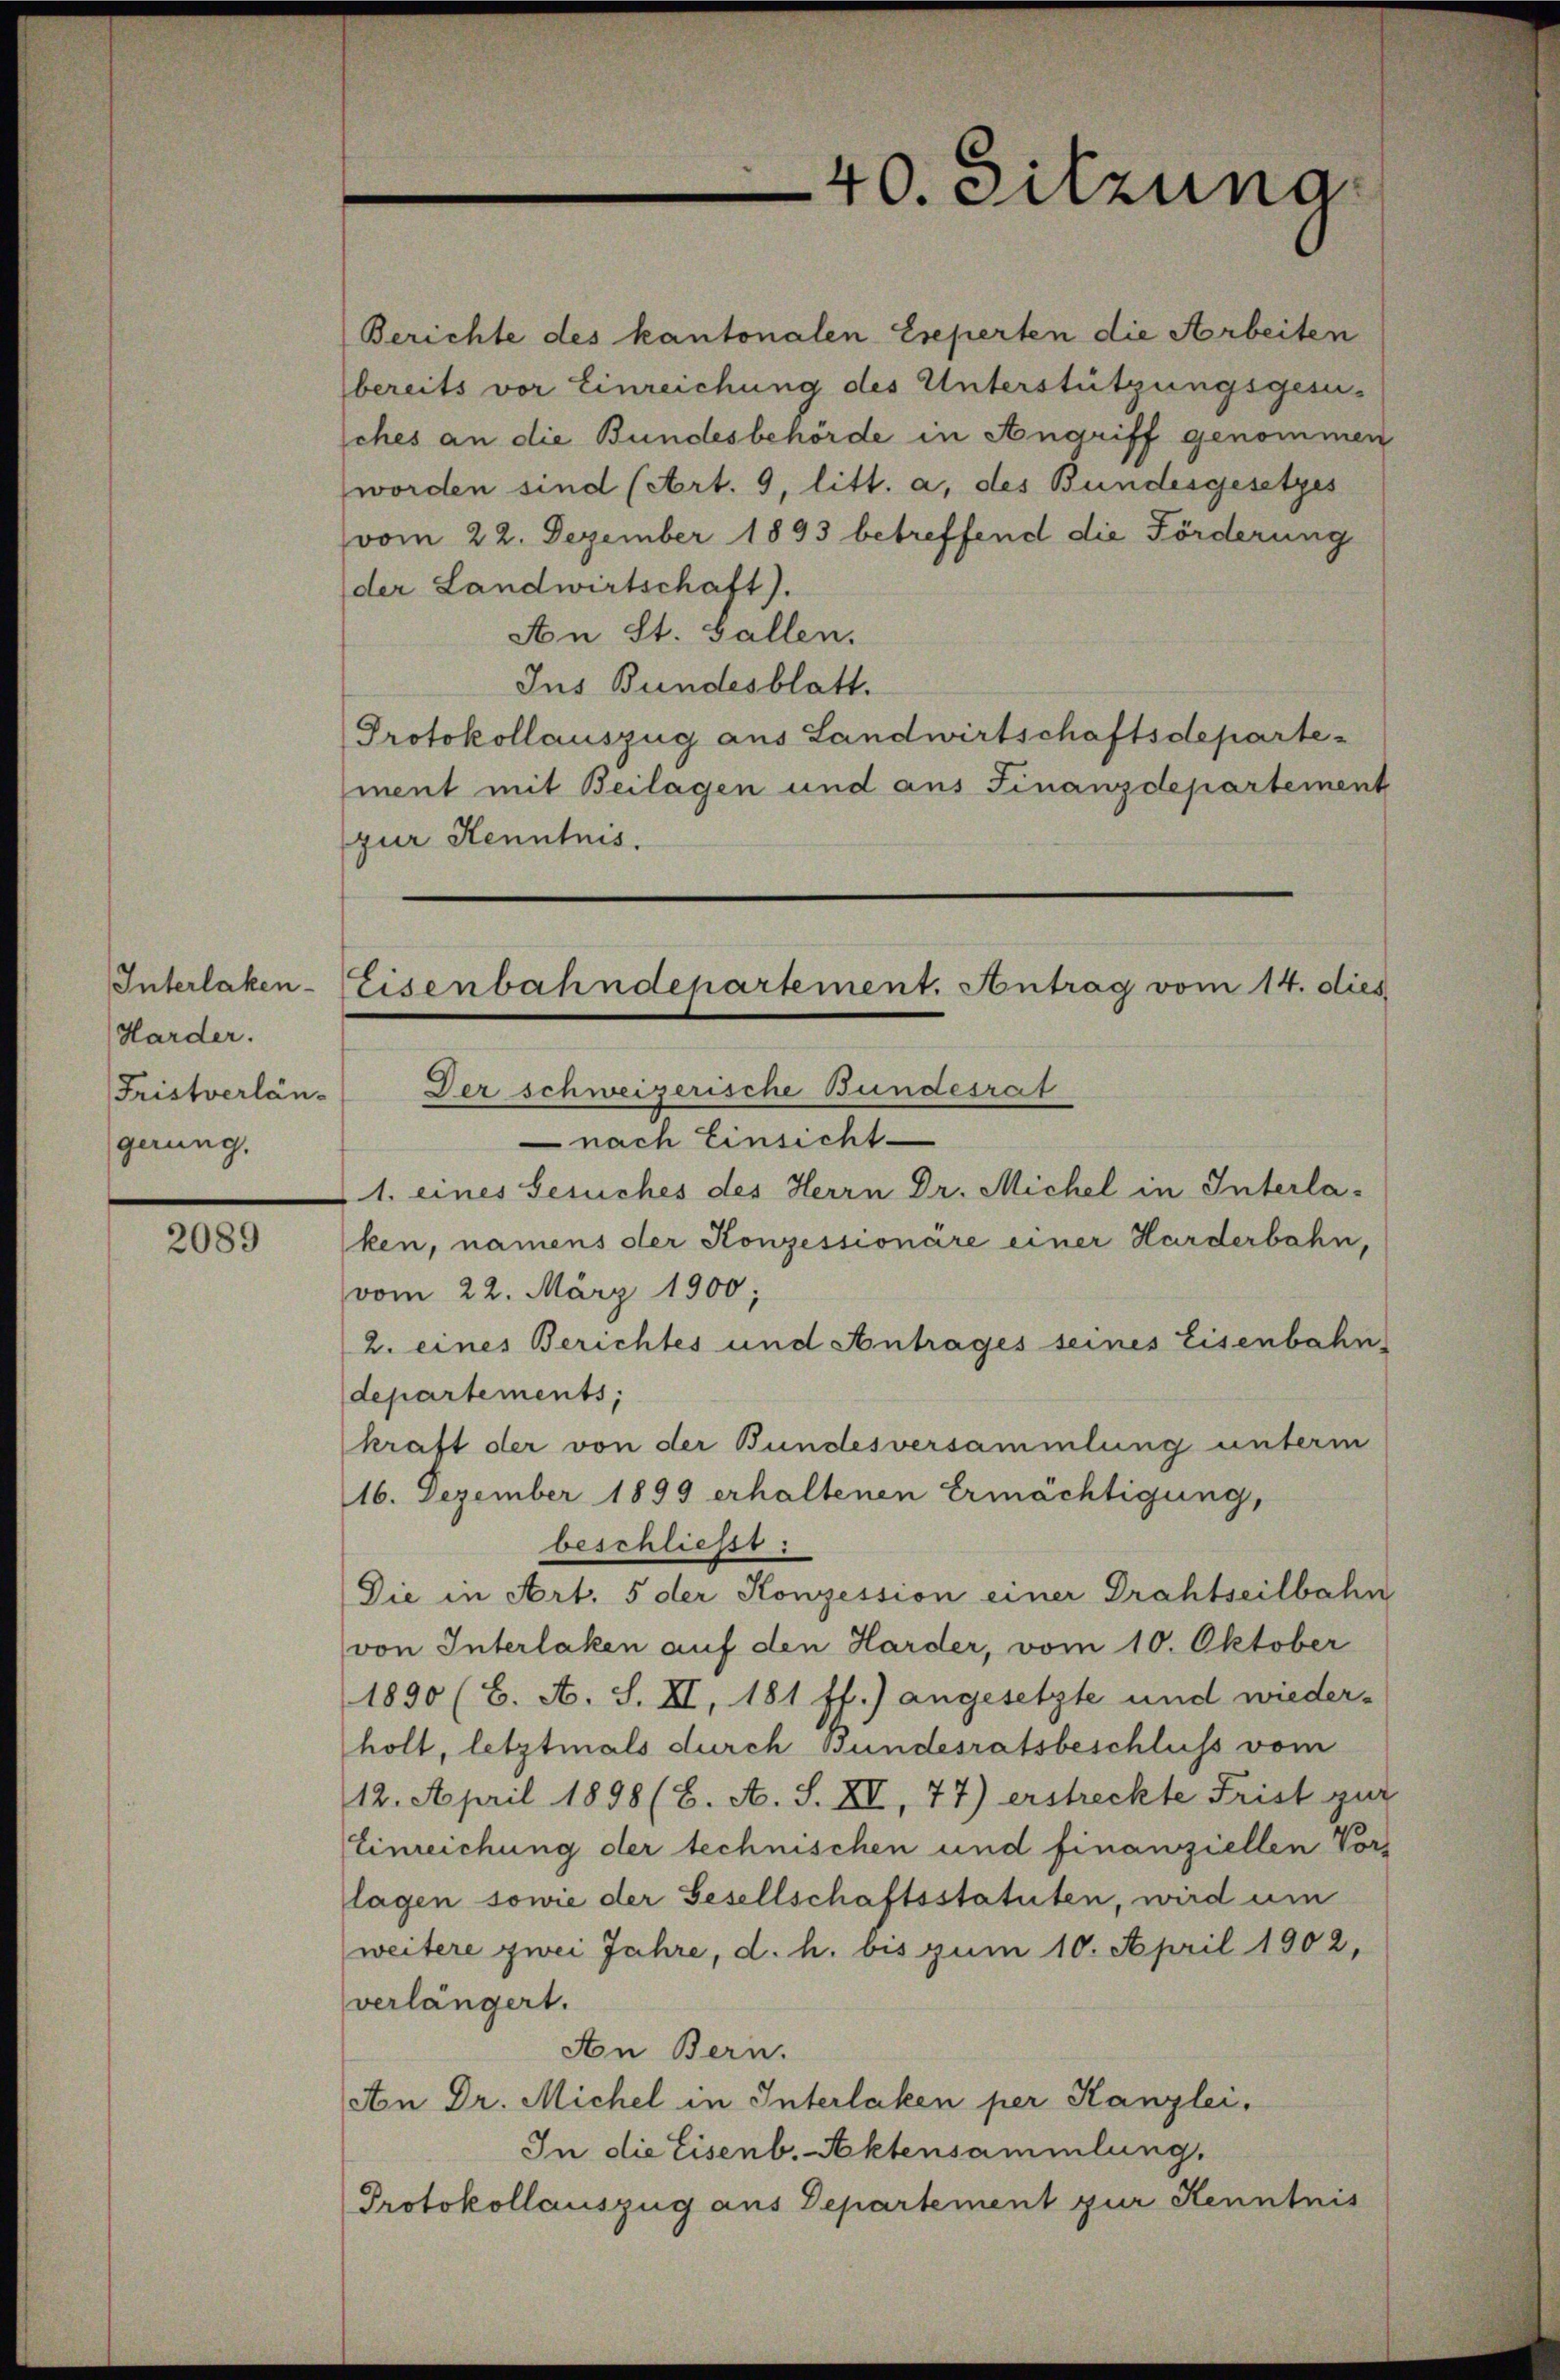
Interlaken-
Harder.
Fristverlängerung.

2089

40. Sitzung

Berichte des kantonalen Eseperten die Arbeiten
bereits vor Einreichung des Unterstützungsgesuches an die Bundesbehörde in Angriff genommen
worden sind (Art. 9, litt. a, des Bundesgesetzes
vom 22. Dezember 1893 betreffend die Förderung
der Landwirtschaft).
An St. Gallen.
Ins Bundesblatt.
Protokollauszug aus Landwirtschaftsdepartement mit Beilagen und aus Finanzdepartement
zur Kenntnis.

Eisenbahndepartement. Antrag vom 14. dies
Der schweizerische Bundesrat

nach Einsicht
1. eines Gesuches des Herrn Dr. Michel in Interla-
ken, namens der Konzessionare einer Harderbahn,
vom 22. März 1900;
2. eines Berichtes und Antrages seines Eisenbahn
departements;
kraft der von der Bundesversammlung unterm
16. Dezember 1899 erhaltenen Ermächtigung,
beschließt:
Die in Art. 5 der Konzession einer Drahtseilbahn
von Interlaken auf den Harder, vom 10. Oktober
1890 (C. A. S. XI, 181 ff.) angesetzte und wieder-
holt, letztmals durch Bundesratsbeschluss vom
12. April 1898 (8. A. S. XV, 77) erstreckte Frist zur
Einreichung der technischen und finanziellen Vors
lagen sowie der Gesellschaftsstatuten, wird um
weitere zwei Jahre, d. h. bis zum 10. April 1902,
verlängert.
An Bern.
An Dr. Michel in Interlaken per Kanzlei,
In die Eisenb. Aktensammlung.
Protokollauszug aus Departement zur Kenntnis